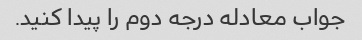
جواب معادله درجه دوم را پیدا کنید.